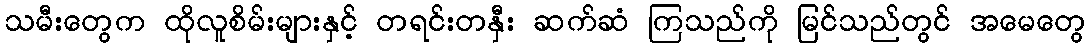
သမီးတွေက ထိုလူစိမ်းများနှင့် တရင်းတနှီး ဆက်ဆံ ကြသည်ကို မြင်သည်တွင် အမေတွေ